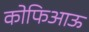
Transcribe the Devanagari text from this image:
कोफिआऊ